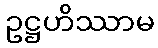
ဥဋ္ဌဟိဿာမ